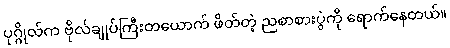
ပုဂ္ဂိုလ်က ဗိုလ်ချုပ်ကြီးတယောက် ဖိတ်တဲ့ ညစာစားပွဲကို ရောက်နေတယ်။